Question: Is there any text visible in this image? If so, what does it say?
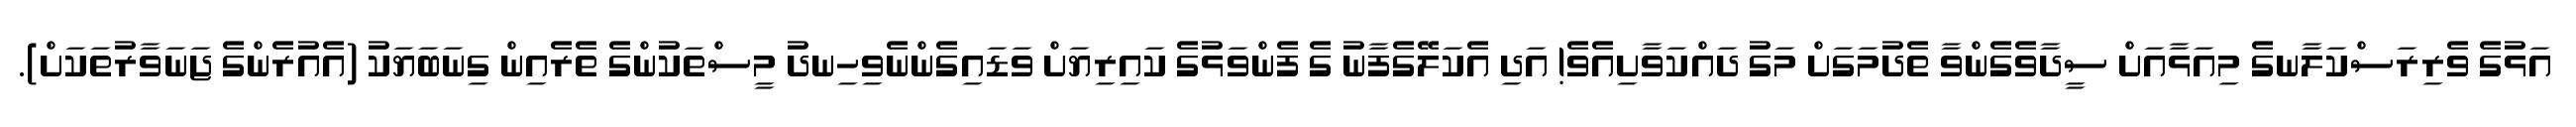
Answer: އަޅުގެ ވެރިރަސްކަލާނގެ މިއަޅާއަށް ސީދާވެގެންވާ ތެދުމަގަށް މަގު ދައްކަވާށިއެވެ! އަދި އެކަލޭގެފާނު ގެ ފެންވަޅުގެ ކައިރިޔަށް ވަޑައިގެންނެވިހިނދު މީސްތަކުންގެ ތެރެއިން ގިނަބަޔަކު (އެއުރެންގެ ޖަނަވާރުތަކަށް).